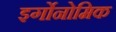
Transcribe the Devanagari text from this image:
इर्गोनोमिक